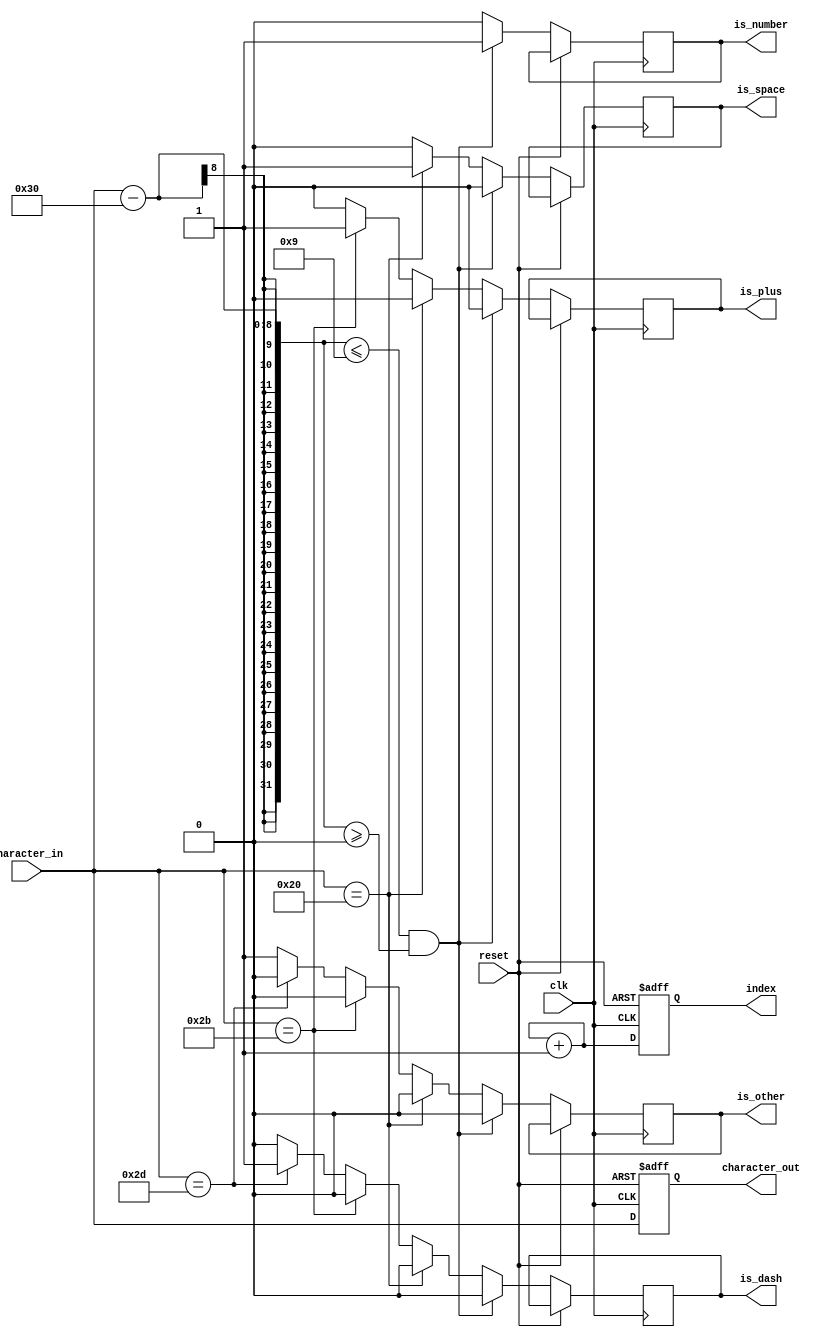
`timescale 1ns / 1ps
//////////////////////////////////////////////////////////////////////////////////
// Company: 
// Engineer: 
// 
// Design Name: 
// Module Name: NumberChecker
// Project Name: 
// Target Devices: 
// Tool Versions: 
// Description: 
// 
// Dependencies: 
// 
// Revision:
// Revision 0.01 - File Created
// Additional Comments:
// 
//////////////////////////////////////////////////////////////////////////////////


module NumberChecker(
    input wire clk,
    input wire reset,
    input wire [7:0] character_in,
    output reg [7:0] character_out,
    output reg [31:0] index,
    output reg is_number,
    output reg is_space,
    output reg is_plus,
    output reg is_dash,
    output reg is_other
    );
    
    localparam ASCII_NUMBER_0 = 8'h30, ASCII_NUMBER_9 = 8'h39;
    
    reg [31:0] index_nxt = 0;
    reg is_number_nxt;
    reg is_space_nxt;
    reg is_plus_nxt;
    reg is_dash_nxt;
    reg is_other_nxt;
    reg [7:0] character_nxt; 
    
always @(posedge reset or posedge clk)
begin
    if(reset)
    begin
        character_out <= 0;
        index <= 0;
    end
    else
    begin
        character_out <=  character_nxt;
        index <= index_nxt;
        is_number <= is_number_nxt;
        is_space <= is_space_nxt;
        is_plus <= is_plus_nxt;
        is_dash <= is_dash_nxt;
        is_other <= is_other_nxt;
    end
end

always @*
begin
    if((character_in - ASCII_NUMBER_0 <= 9) && (character_in - ASCII_NUMBER_0 >= 0))
    begin
        is_number_nxt = 1;
        is_space_nxt = 0;
        is_plus_nxt = 0;
        is_dash_nxt = 0;
        is_other_nxt = 0;
        character_nxt = character_in;
    end
    else if(character_in == 7'h20)
    begin
        is_space_nxt = 1;
        is_number_nxt = 0;
        is_plus_nxt = 0;
        is_dash_nxt = 0;
        is_other_nxt = 0;
        character_nxt = character_in;
    end
    else if(character_in == 7'h2B | character_in == 7'h2b)
    begin
        is_plus_nxt = 1;
        is_space_nxt = 0;
        is_number_nxt = 0;        
        is_dash_nxt = 0;
        is_other_nxt = 0;
        character_nxt = character_in;
    end
    else if(character_in == 7'h2D | character_in == 7'h2d)
    begin
        is_dash_nxt = 1;
        is_plus_nxt = 0;
        is_space_nxt = 0;
        is_number_nxt = 0; 
        is_other_nxt = 0;     
        character_nxt = character_in;
    end
    else
    begin 
        is_other_nxt = 1;
        is_number_nxt = 0;
        is_space_nxt = 0;       
        is_plus_nxt = 0;
        is_dash_nxt = 0;
        character_nxt = character_in;
    end
    index_nxt = index_nxt + 1;
end 
    
    
endmodule